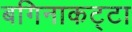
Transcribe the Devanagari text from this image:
बगिनाकट्टा